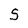
Character: S